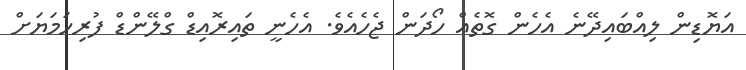
އަޔޮޑިން ލިއްބައިދޭނެ އެހެން ގޮތެއް ހޯދަން ޖެހެއެވެ. އެހެނީ ތައިރޮއިޑް ގްލޭންޑް ފުރިހަމަޔަށް